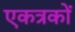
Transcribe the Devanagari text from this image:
एकत्रकों